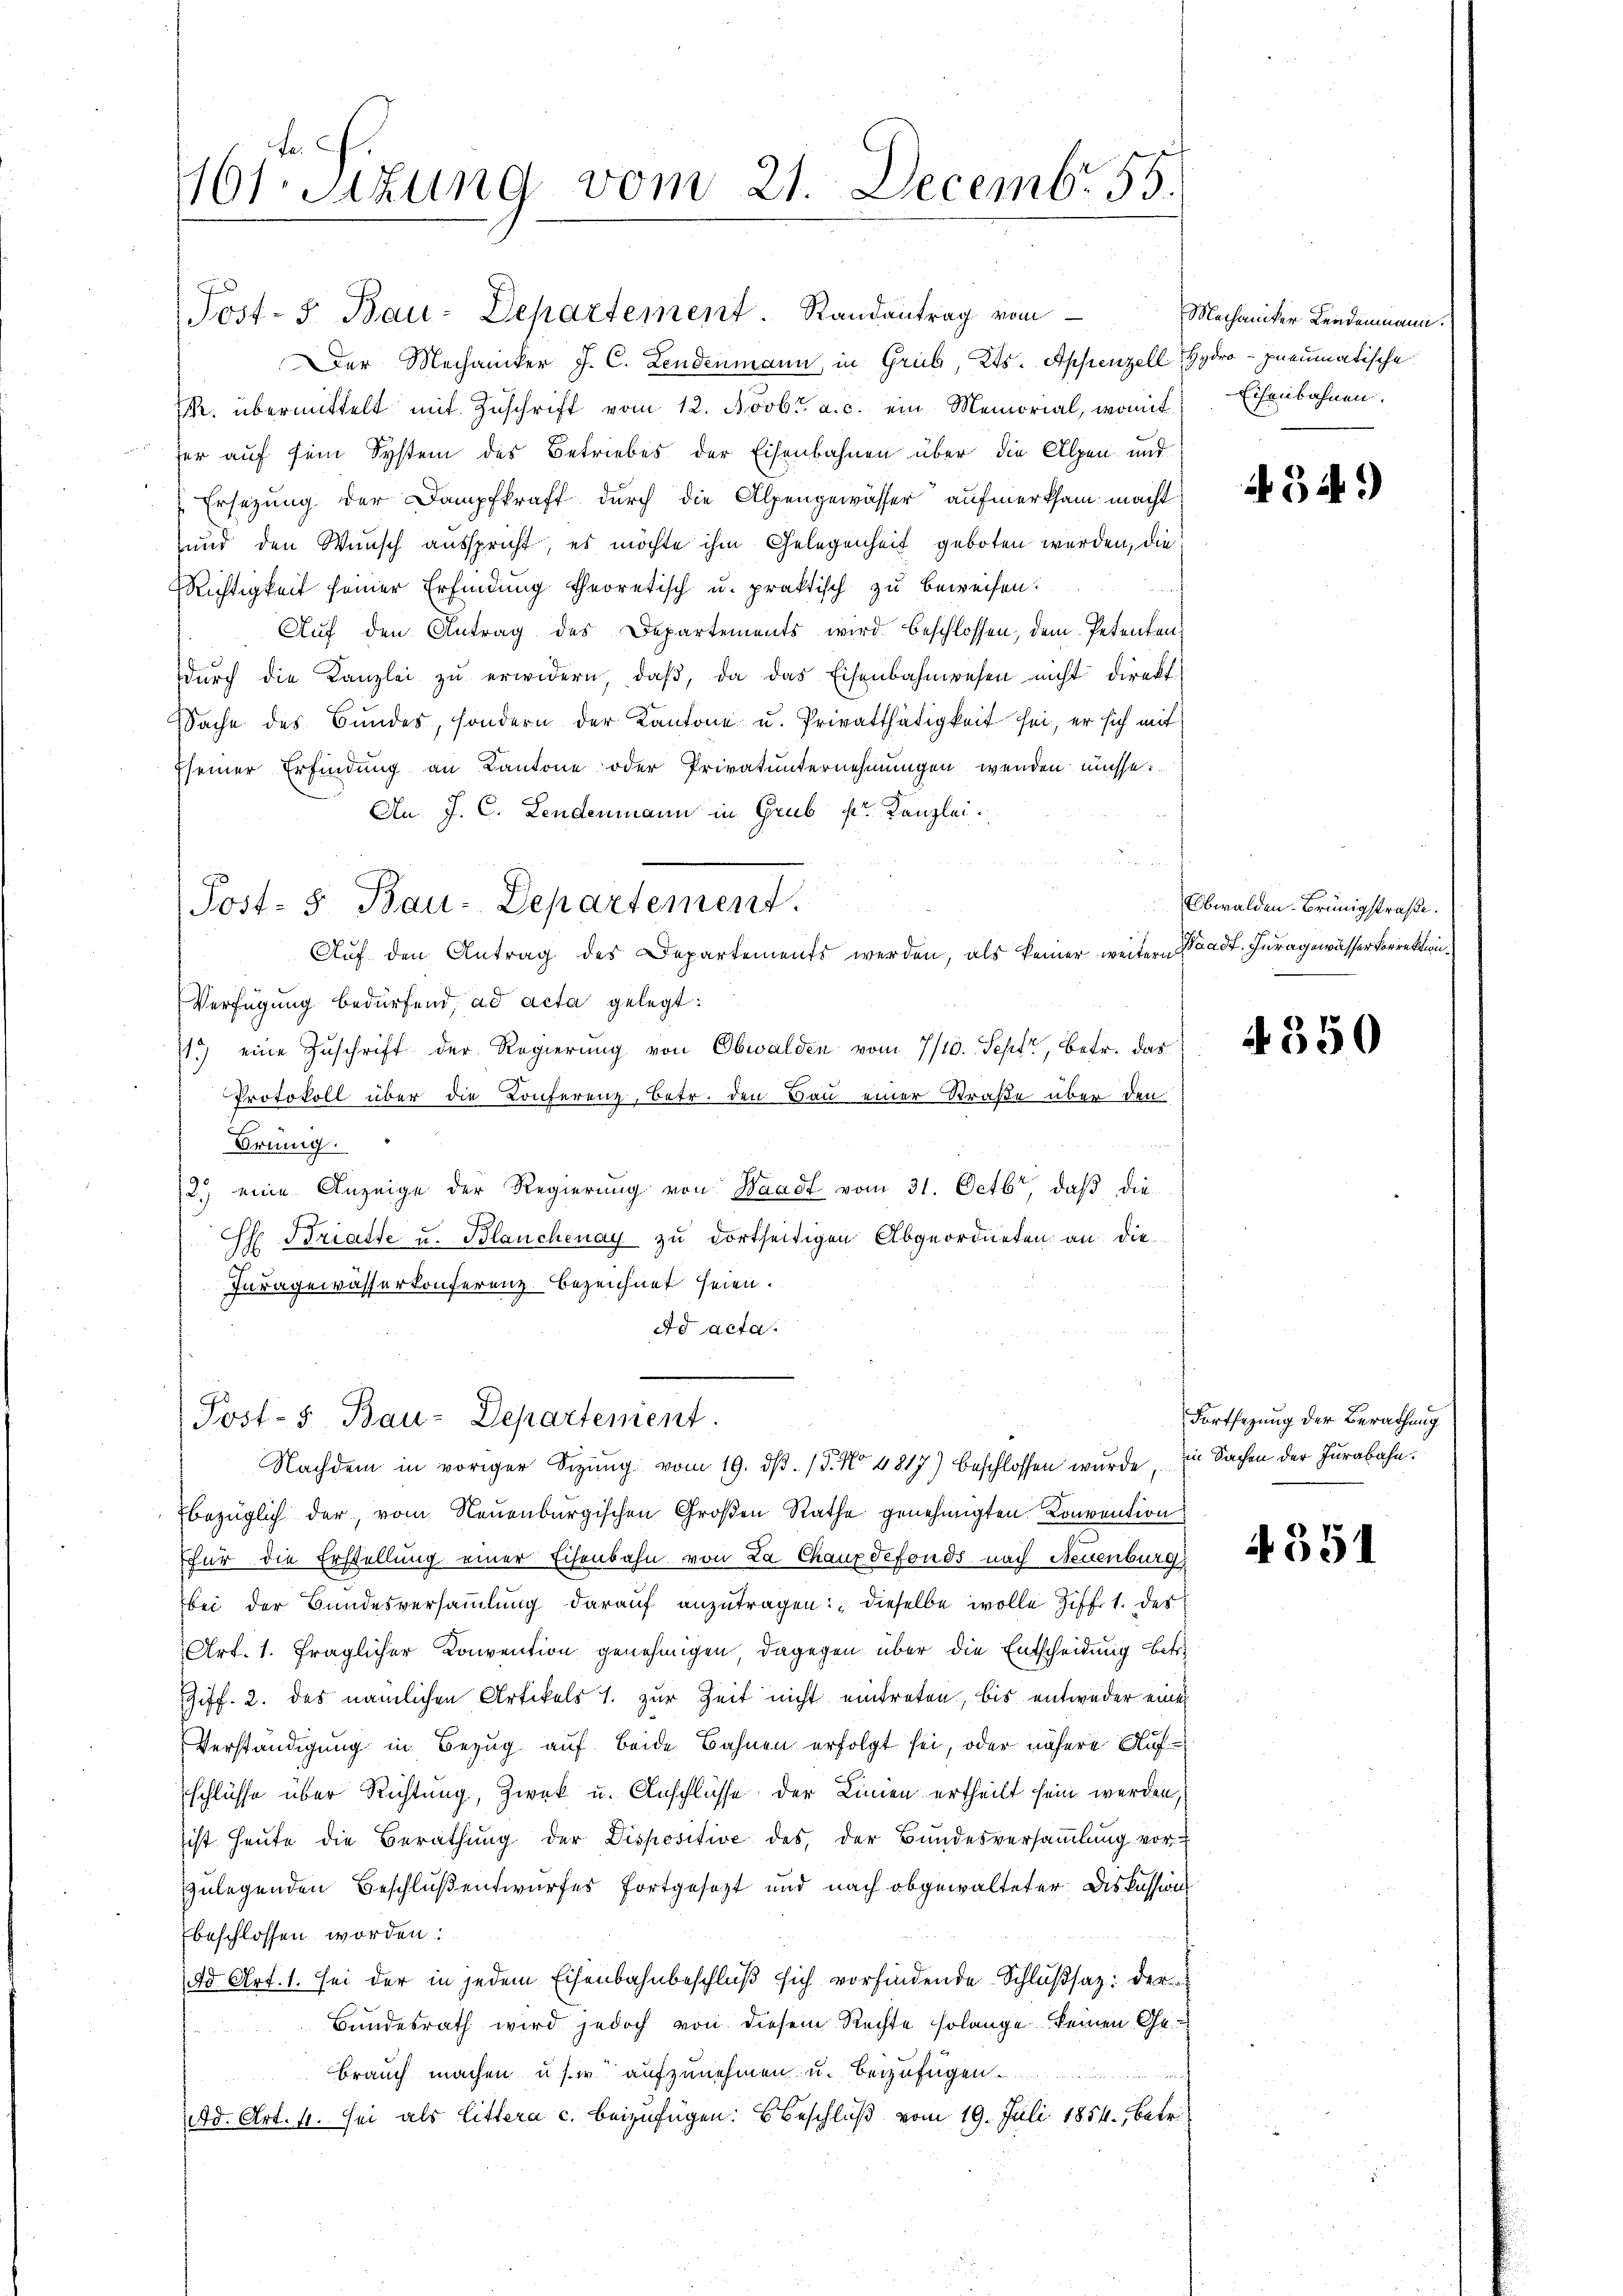
1101. Sitzung vom 21. Decemb. 55.

Post- u Bau-Departement. Randantrag vom
Der Mechaniker J. C. Lendenmann in Grüb, Kts. Appenzell Hydro-Ineumatische
. übermittelt mit Zuschrift vom 12. Novbr. a. c. ein Memorial, womit
fer auf sein System des Betriebes der Eisenbahnen über die Alpen und
Ersezung der Dampfkraft durch die Alpengewässer aufmerksam macht
und den Wunsch ausspricht, es möchte ihm Gelegenheit geboten werden, die
Richtigkeit seiner Erfindung theoretisch u. praktisch zu beweisen.
Aŭf den Antrag des Departements wird beschlossen, dem Petenten
dŭrch die Kanzlei zŭ erwidern, daβ, da das Eisenbahnwesen nicht direkt
Sache des Bundes, sondern der Kantone u. Privatthätigkeit sei, er sich mit
Eseiner Erfindung an Kantone oder Privatunternehmungen wenden müsse.
An J. C. Lendenmann in Grub pr. Kanzlei.
Post- 5. Bau-Departement.
Auf den Antrag des Departements werden, als keiner weitern Stadt. Juragewässer Forrektion¬
Verfügung bedürfend, ad acta gelegt:
1.) eine Zuschrift der Regierung von Obwalden vom 7/10. Sept, betr. das
Protokoll über die Conferenz, Betr. den Bau einer Straße über den
Brünig
2.) eine Anzeige der Regierung von Waadt vom 31. Octbr, daß die
S Bratte u. Blanchenay zu dortseitigen Abgeordneten an die
Iuragewässerkonferenz bezeichnet seien.
Ad acta.

Post-5 Bau-Departement

Mechaniker Leidenmann.
Eisenbahnen.

Nachdem in voriger Sizung vom 19. dβ. / 5. No 4817) beschlossen wurde, in Sachen der Jurabahn.
bezüglich der, vom Neuenburgischen Großen Rathe genehmigten Konvention
für die Erstellung einer Eisenbahn von La Chauxdefonds nach Neuenburg
bei der Bundesversammlung darauf anzutragen: "dieselbe wolle Ziff. 1. des
Art. 1. fraglicher Convention genehmigen, dagegen über die Entscheidung betre
Ziff. 2. des nämlichen Artikels 1. zur Zeit nicht eintreten, bis entweder eine
Verständigung in Bezug auf beide Bahnen erfolgt sei, oder nähere Aufschlüsse über Richtung, Zwek u. Anschlüsse der Linien ertheilt sein werden,
sist heute die Berathung der Dispositive des der Bundesversammlung vorzulegenden Beschluß entwurfes fortgesetzt und nach abgewalteter Diskussion
beschlossen worden.
dd Art. 1. Sei der in jedem Eisenbahnbeschluß sich vorfindende Schlußsatz: der
Bundesrath wird jedoch von diesem Rechte solange seinen Ge-
brauch machen u. s. w. aufzunehmen u. beizufügen
d. Art. 4. sei als Littera c. beizufügen: Beschluß vom 19. Juli 1854, betr.

434

Obwalden Brünigstraße.

4 550

Fortsetzung der Berathung

4551